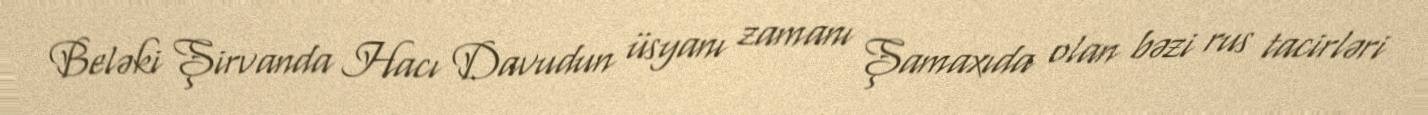
Beləki Şirvanda Hacı Davudun üsyanı zamanı Şamaxıda olan bəzi rus tacirləri